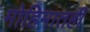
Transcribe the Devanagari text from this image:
मोहिमातही